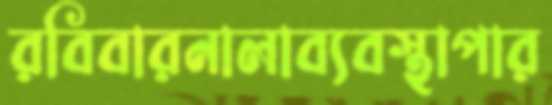
রবিবারনালাব্যবস্থাপার